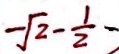
- \sqrt { 2 } - \frac { 1 } { 2 }